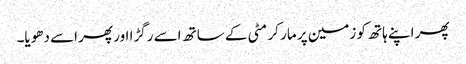
پھر اپنے ہاتھ کو زمین پر مار کر مٹی کے ساتھ اسے رگڑا اور پھر اسے دھویا۔